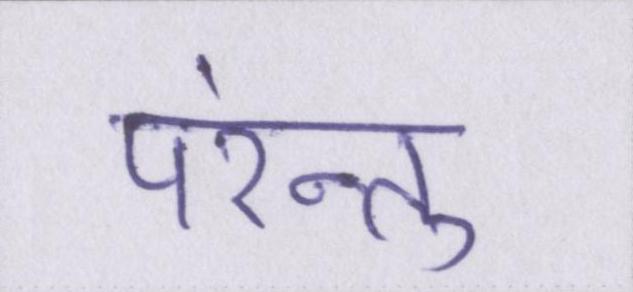
परंन्तु